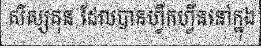
សិស្សគុន ដែលបានហ្វឹកហ្វឺននៅក្នុង